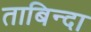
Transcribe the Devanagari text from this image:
ताबिन्दा